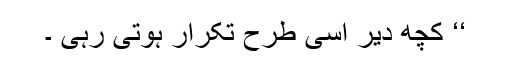
‘‘ کچھ دیر اسی طرح تکرار ہوتی رہی ۔